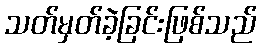
သတ်မှတ်ခဲ့ခြင်းဖြစ်သည်